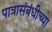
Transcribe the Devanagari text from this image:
पात्रासंबंधीच्या